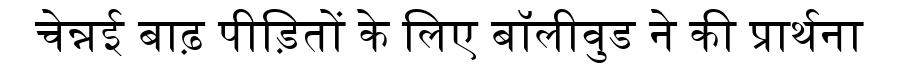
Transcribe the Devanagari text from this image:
चेन्नई बाढ़ पीड़ितों के लिए बॉलीवुड ने की प्रार्थना